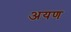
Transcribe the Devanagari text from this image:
अयण